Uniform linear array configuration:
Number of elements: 48
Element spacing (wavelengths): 0.5
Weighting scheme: uniform
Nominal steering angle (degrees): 45
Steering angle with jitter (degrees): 45.874
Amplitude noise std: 0.05
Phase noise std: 0.05

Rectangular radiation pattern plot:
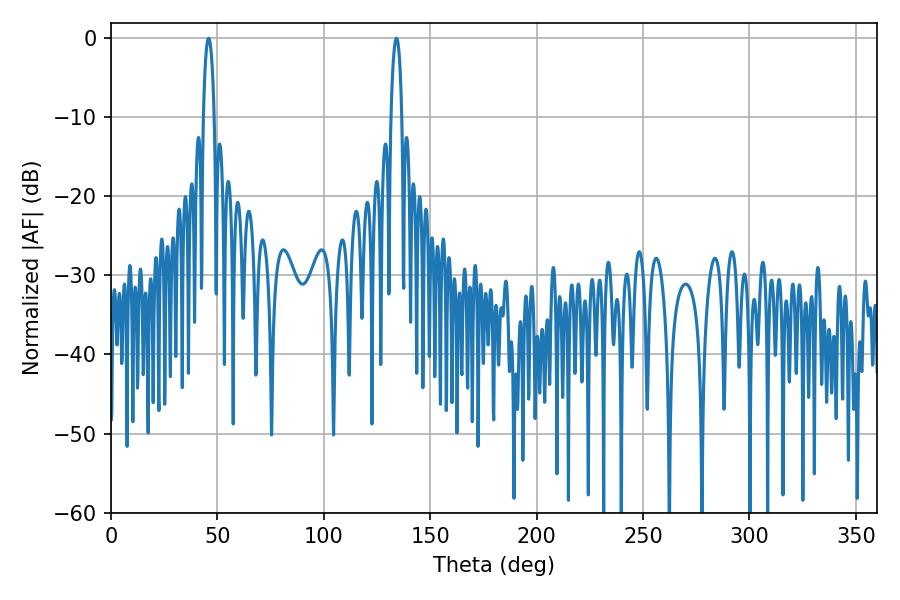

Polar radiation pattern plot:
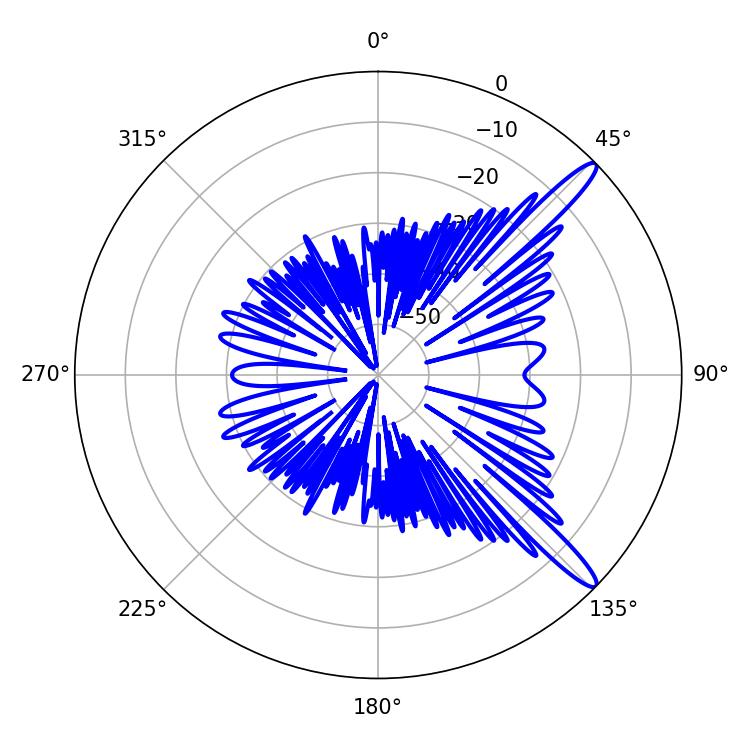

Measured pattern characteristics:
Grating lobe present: FALSE
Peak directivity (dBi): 13.704
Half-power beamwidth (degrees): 2.88
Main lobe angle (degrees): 45.9